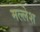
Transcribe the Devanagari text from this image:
मल्लेश